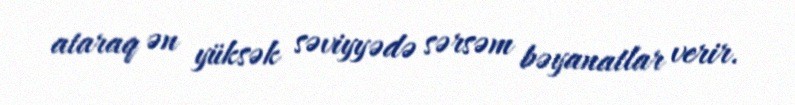
ataraq ən yüksək səviyyədə sərsəm bəyanatlar verir.